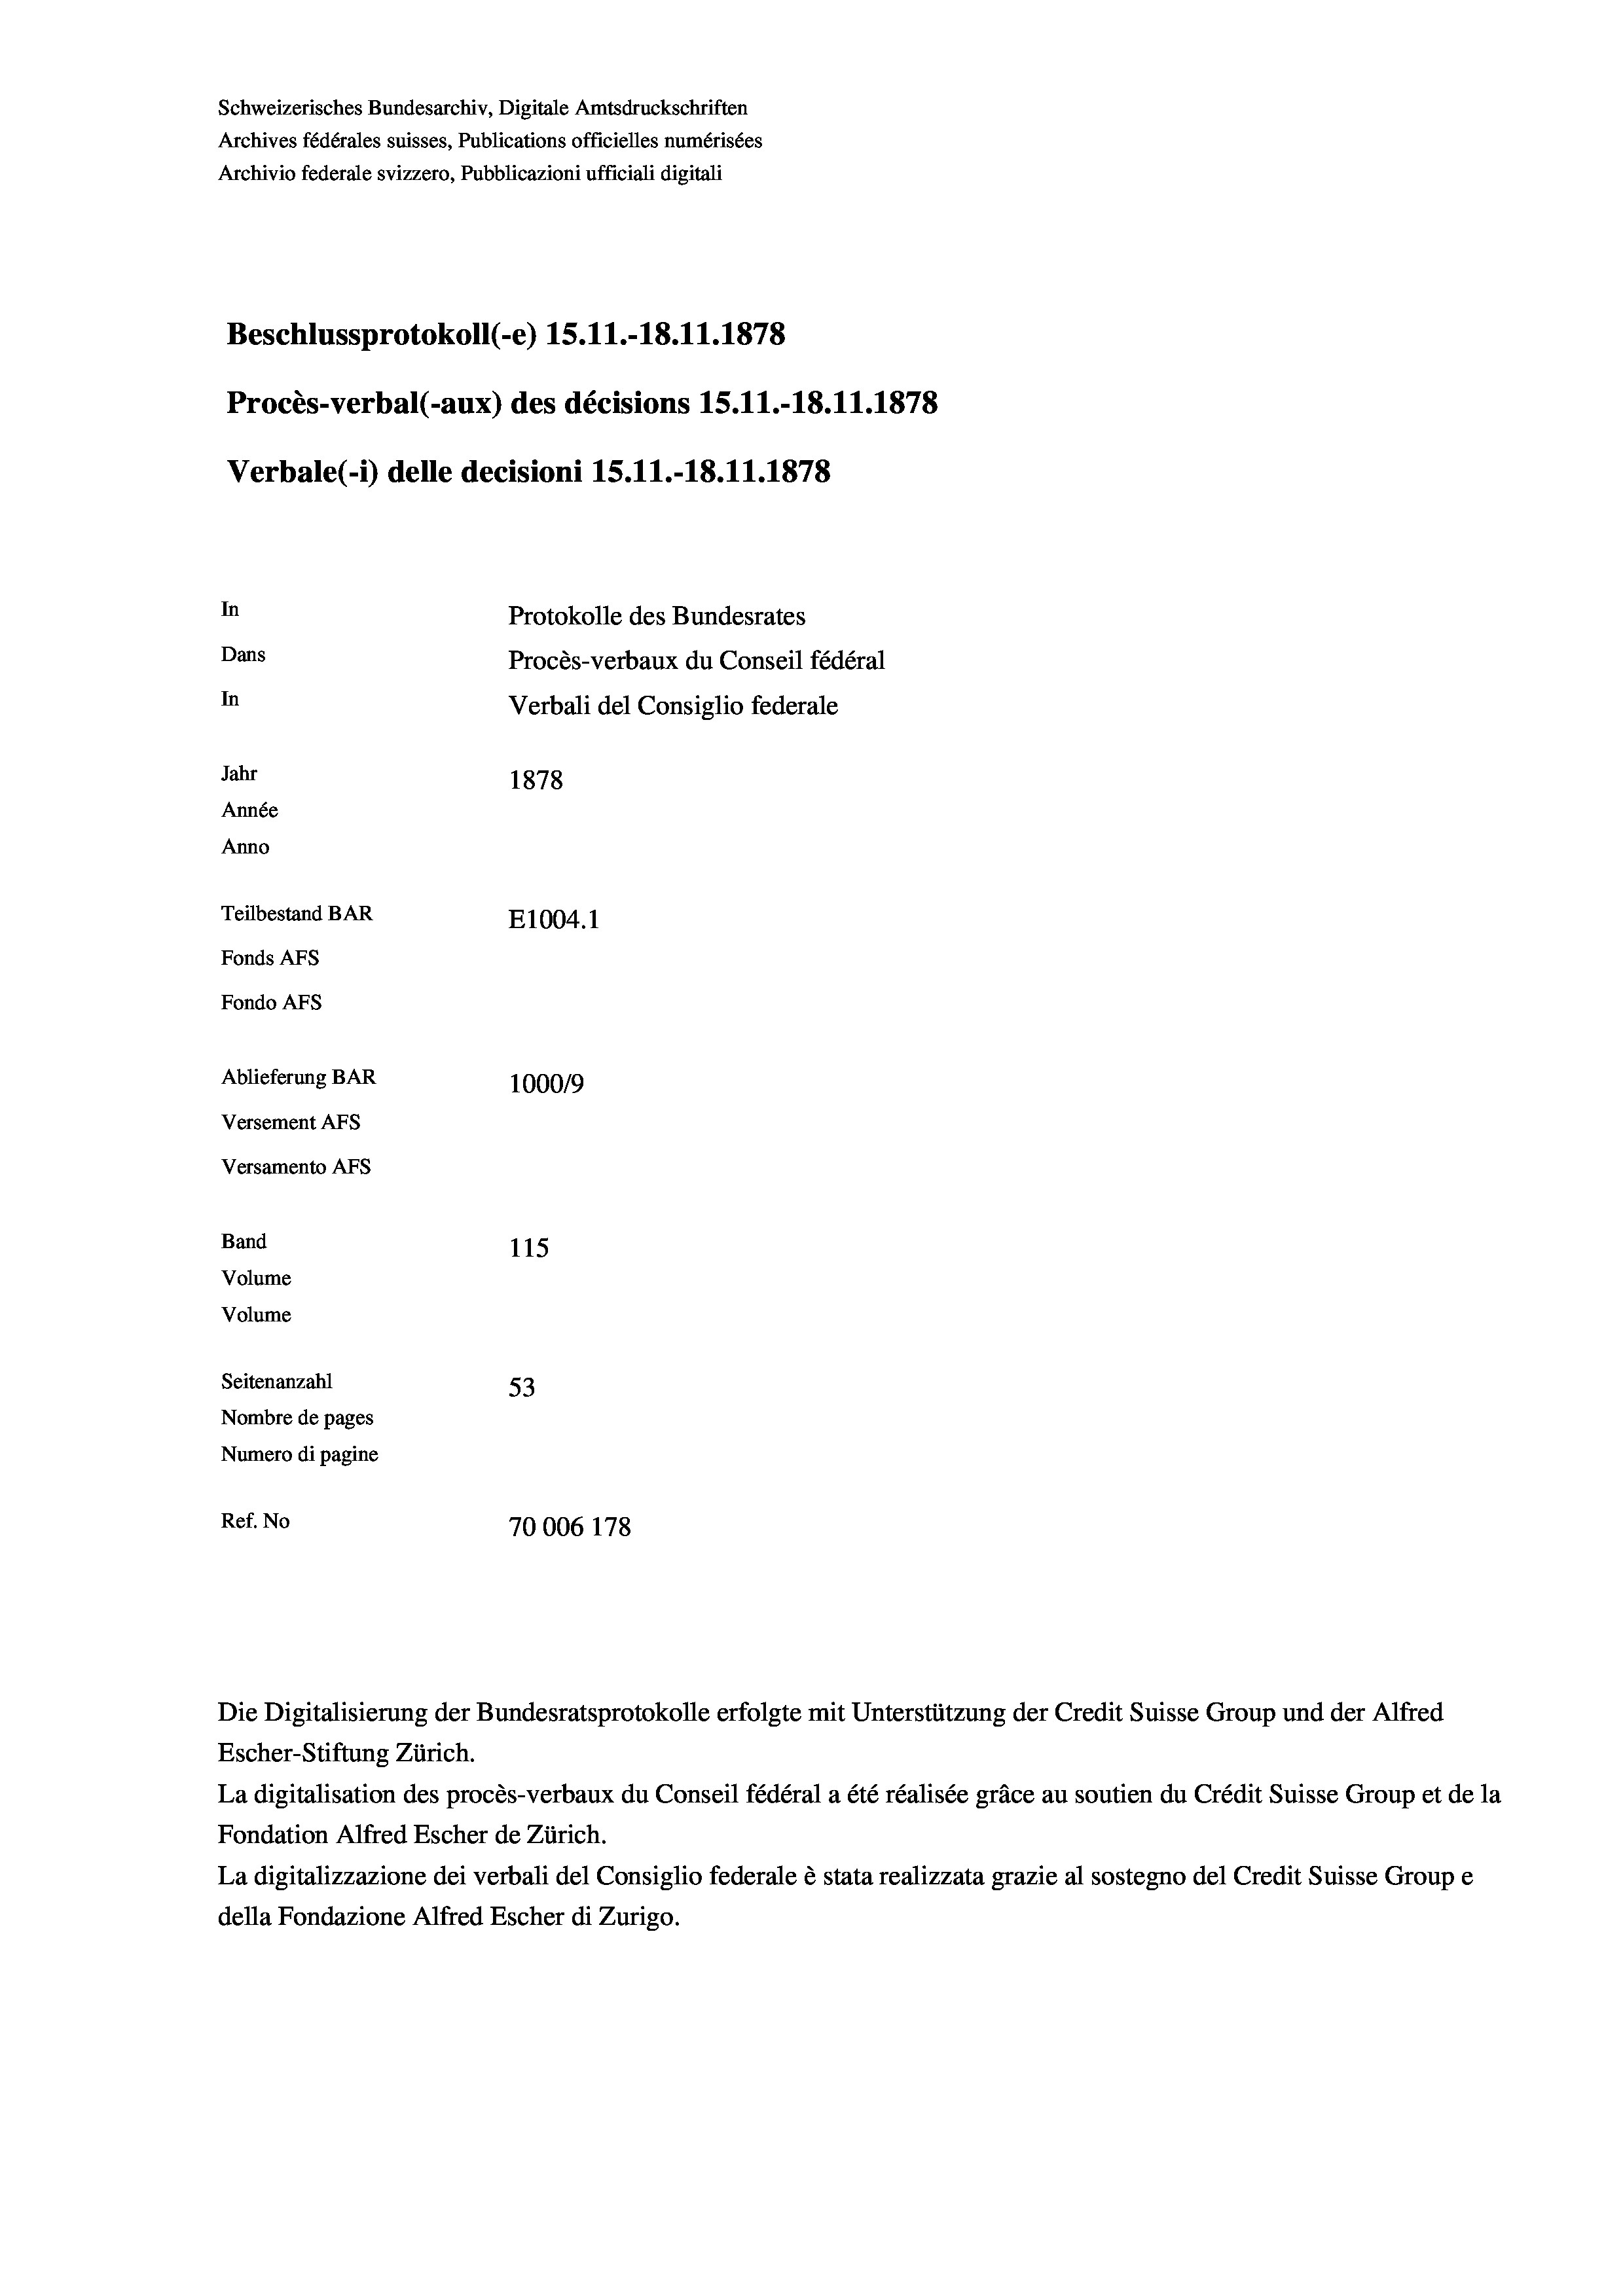
Schweizerisches Bundesarchiv, Digitale Amtsdruckschriften
Archives fédérales suisses, Publications officielles numérisées
Archivio federale svizzero, Pubblicazioni ufficiali digitali
Beschlussprotokoll (-e) 15.11.-18.11.1878
Procès-verbal (-aux) des décisions 15.11.-18.11.1878
Verbale(-*) delle decisioni 15.11.-18.11.1878
In
Protokolle des Bundesrates
Dans
Procès-verbaux du Conseil fédéral
In
Verbali del Consiglio federale
Jahr
1878
Année
Anno
Teilbestand BAR
E1004. 1
Fonds AFs
Fondo AFS
Ablieferung BAR
100019
Versement As
Versamento AFs
Band
115
Volume
Volume
Seitenanzahl
53
Nombre de pages
Numero di pagine
Ref. No
70006 178

Escher-Stiftung Zürich.
La digitalisation des procès-verbaux du Conseil fédéral a été réalisée gräce au soutien du Crédit Suisse Group et de la
Fondation Alfred Escher de Zürich.
La digitalizzazione dei verbali del Consiglio federale è stata realizzata grazie al sostegno del Credit Suisse Groupe
della Fondazione Alfred Escher di Zurigo.

Die Digitalisierung der Bundesratsprotokolle erfolgte mit Unterstützung der Credit Suisse Group und der Alfred